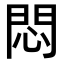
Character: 悶